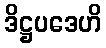
ဒိဋ္ဌပဒေဟိ